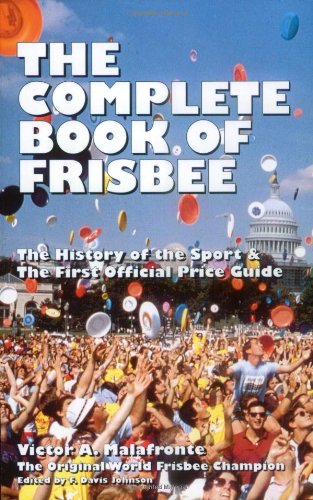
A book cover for The Complete Book of Frisbee: The History of the Sport & the First Official Price Guide; Victor A. Malafronte; Crafts, Hobbies & Home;